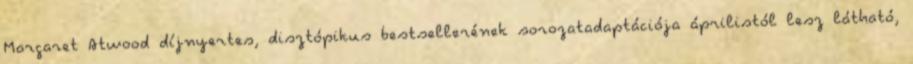
Margaret Atwood díjnyertes, disztópikus bestsellerének sorozatadaptációja áprilistól lesz látható,